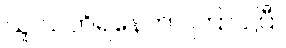
သူ သတိရနေတာ ကြာပါပြီ။